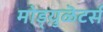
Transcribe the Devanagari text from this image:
मोड्य़ुळॆटर्स